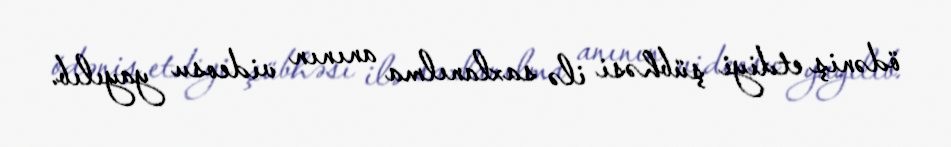
ödəniş etdiyi şübhəsi ilə saxlanılma anının videosu yayılıb.